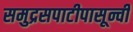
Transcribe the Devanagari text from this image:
समुद्रसपाटीपासून्ची